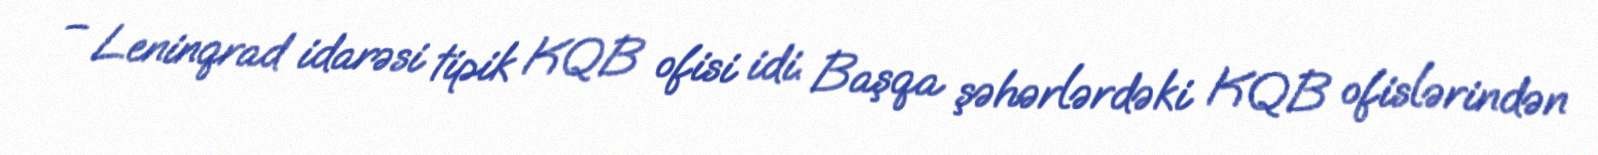
– Leninqrad idarəsi tipik KQB ofisi idi. Başqa şəhərlərdəki KQB ofislərindən